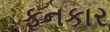
ફનકાર